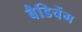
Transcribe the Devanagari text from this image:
बैडिचेंग